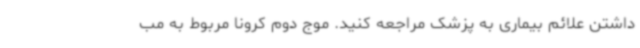
داشتن علائم بیماری به پزشک مراجعه کنید. موج دوم کرونا مربوط به مب